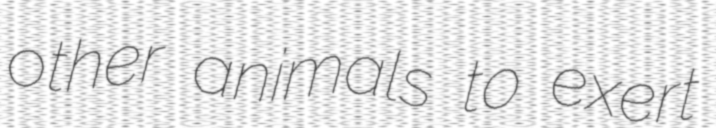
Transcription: other animals to exert